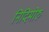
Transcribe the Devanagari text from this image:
निदिमोरु